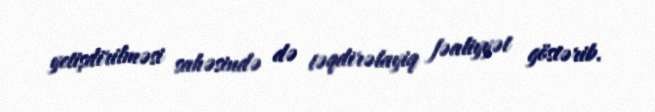
yetişdirilməsi sahəsində də təqdirəlayiq fəaliyyət göstərib.